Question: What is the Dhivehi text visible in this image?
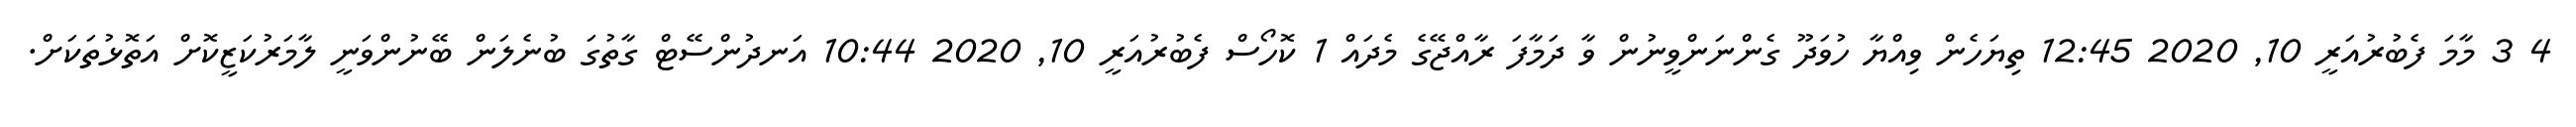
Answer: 4 3 މާމަ ފެބުރުއަރީ 10, 2020 12:45 ތިޔަހެން ވިއްޔާ ހުވަދޫ ގެންނަންވީނުން ވާ ދަމާފަ ރާއްޖޭގެ މެދައް 1 ކޮހޯސް ފެބުރުއަރީ 10, 2020 10:44 އަނދުންސޭޓް ގާތުގަ ބުނެލަން ބޭނުންވަނީ ލާމަރުކަޒީކޮށް އަތޮޅުތަކަށް.